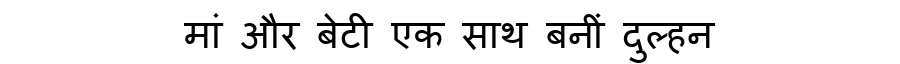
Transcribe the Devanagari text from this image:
मां और बेटी एक साथ बनीं दुल्हन